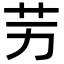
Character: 𦬋